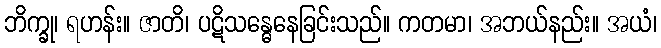
ဘိက္ခု၊ ရဟန်း။ ဇာတိ၊ ပဋိသန္ဓေနေခြင်းသည်။ ကတမာ၊ အဘယ်နည်း။ အယံ၊